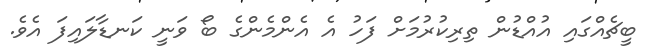
ބީޗެއްގައި އުއްޑުން ތިރިކުރުމަށް ފަހު އެ އެންމެންގެ ބޯ ވަނީ ކަނޑާލައިފަ އެވެ.